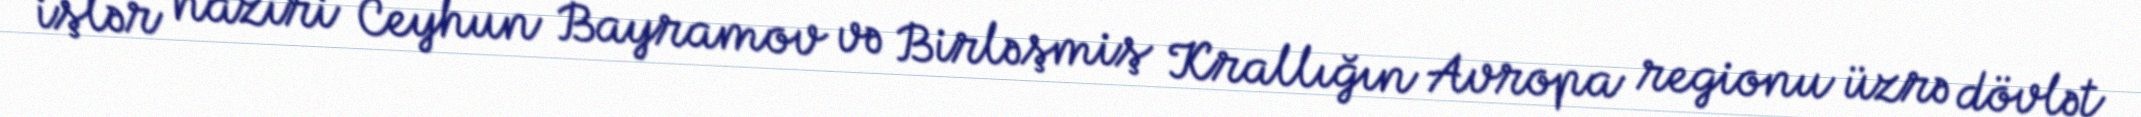
işlər naziri Ceyhun Bayramov və Birləşmiş Krallığın Avropa regionu üzrə dövlət